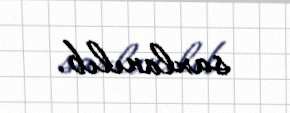
saxlanılıb.